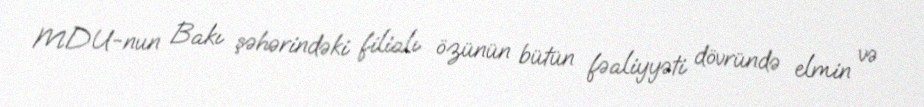
MDU-nun Bakı şəhərindəki filialı özünün bütün fəaliyyəti dövründə elmin və